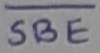
Text: SBE